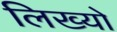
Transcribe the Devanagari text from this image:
लिख्‍यो